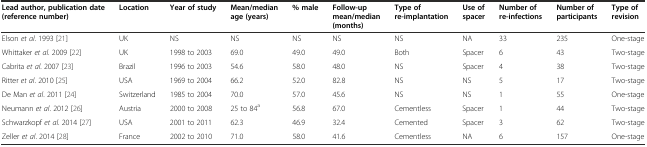
| Lead author, publication date (reference number) | Location | Year of study | Mean/median age (years) | % male | Follow-up mean/median (months) | Type of re-implantation | Use of spacer | Number of re-infections | Number of participants | Type of revision |
 | --- | --- | --- | --- | --- | --- | --- | --- | --- | --- | --- |
 | Elson et al. 1993 [21] | UK | NS | NS | NS | NS | NS | NA | 33 | 235 | One-stage |
 | Whittaker et al. 2009 [22] | UK | 1998 to 2003 | 69.0 | 49.0 | 49.0 | Both | Spacer | 6 | 43 | Two-stage |
 | Cabrita et al. 2007 [23] | Brazil | 1996 to 2003 | 54.6 | 58.0 | 48.0 | NS | Spacer | 4 | 38 | Two-stage |
 | Ritter et al. 2010 [25] | USA | 1969 to 2004 | 66.2 | 52.0 | 82.8 | NS | NS | 5 | 17 | Two-stage |
 | De Man et al. 2011 [24] | Switzerland | 1985 to 2004 | 70.0 | 57.0 | 45.6 | NS | NS | 1 | 55 | One-stage |
 | Neumann et al. 2012 [26] | Austria | 2000 to 2008 | 25 to 84a | 56.8 | 67.0 | Cementless | Spacer | 1 | 44 | Two-stage |
 | Schwarzkopf et al. 2014 [27] | USA | 2001 to 2011 | 62.3 | 46.9 | 32.4 | Cemented | Spacer | 3 | 62 | Two-stage |
 | Zeller et al. 2014 [28] | France | 2002 to 2010 | 71.0 | 58.0 | 41.6 | Cementless | NA | 6 | 157 | One-stage |